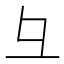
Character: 彑